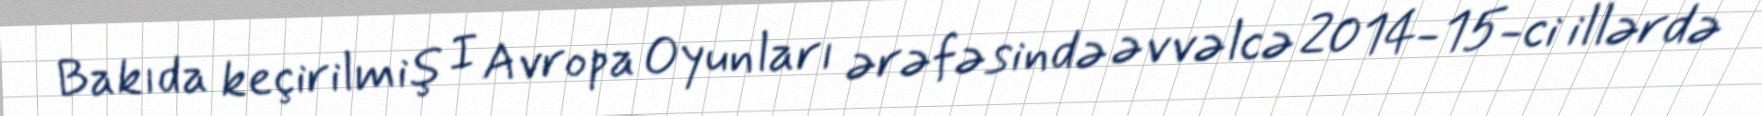
Bakıda keçirilmiş I Avropa Oyunları ərəfəsində əvvəlcə 2014-15-ci illərdə